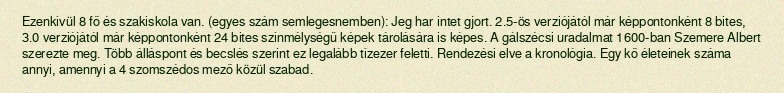
Ezenkívül 8 fő és szakiskola van. (egyes szám semlegesnemben): Jeg har intet gjort. 2.5-ös verziójától már képpontonként 8 bites, 3.0 verziójától már képpontonként 24 bites színmélységű képek tárolására is képes. A gálszécsi uradalmat 1600-ban Szemere Albert szerezte meg. Több álláspont és becslés szerint ez legalább tízezer feletti. Rendezési elve a kronológia. Egy kő életeinek száma annyi, amennyi a 4 szomszédos mező közül szabad.